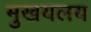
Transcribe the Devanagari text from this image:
मुखयलय